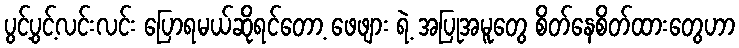
ပွင့်ပွင့်လင်းလင်း ပြောရမယ်ဆိုရင်တော့ ဖေဖျား ရဲ့ အပြုအမူတွေ စိတ်နေစိတ်ထားတွေဟာ